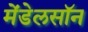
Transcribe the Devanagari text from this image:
मेंडेलसॉन